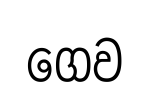
ගෙව